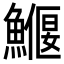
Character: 𩻖